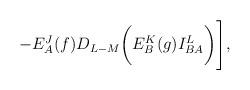
LaTeX: \begin{align*}-E^J_A(f)D_{L-M}\biggl(E^K_B(g)I^L_{BA}\biggr)\Biggr],\end{align*}